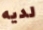
لديه